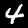
Label: 4